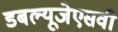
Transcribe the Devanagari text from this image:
डबल्यूजेएसवी